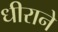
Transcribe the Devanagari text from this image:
धीराने